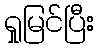
ရှုမြင်ပြီး